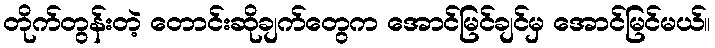
တိုက်တွန်းတဲ့ တောင်းဆိုချက်တွေက အောင်မြင်ချင်မှ အောင်မြင်မယ်။